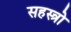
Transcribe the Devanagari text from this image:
सहस्त्रो